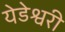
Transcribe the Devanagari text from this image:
येडेश्वरी